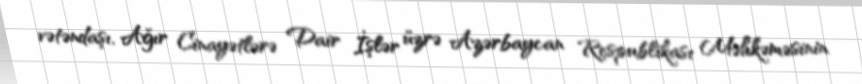
vətəndaşı, Ağır Cinayətlərə Dair İşlər üzrə Azərbaycan Respublikası Məhkəməsinin